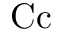
\mathrm { C c }